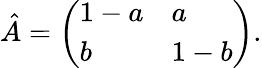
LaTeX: \hat{A}=\left(\begin{array}{ll}{1-a}&{a}\\ {b}&{1-b}\end{array}\right).